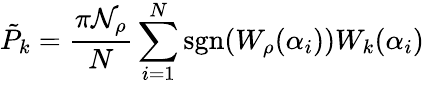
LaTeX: \tilde{P}_{k}=\frac{\pi\mathcal{N}_{\rho}}{N}\sum_{i=1}^{N}\mathrm{sgn}(W_{\rho}(\alpha_{i}))W_{k}(\alpha_{i})